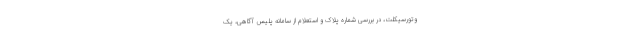
وتورسیکلت، در بررسی شماره پلاک و استعلام از سامانه پلیس آگاهی، یک